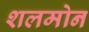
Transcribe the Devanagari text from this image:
शलमोन